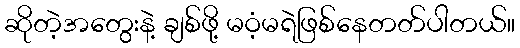
ဆိုတဲ့အတွေးနဲ့ ချစ်ဖို့ မဝံ့မရဲဖြစ်နေတတ်ပါတယ်။